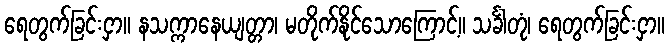
ရေတွက်ခြင်းငှာ။ နသက္ကာနေယျတ္တာ၊ မတိုက်နိုင်သောကြောင့်။ သင်္ခါတုံ၊ ရေတွက်ခြင်းငှာ။